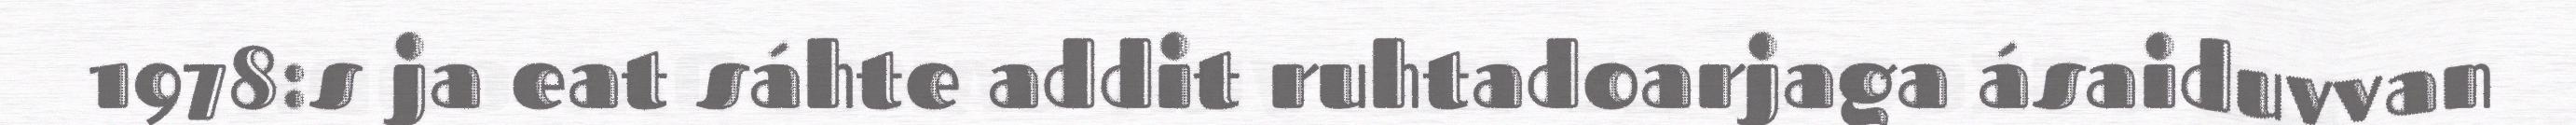
1978:s ja eat sáhte addit ruhtadoarjaga ásaiduvvan